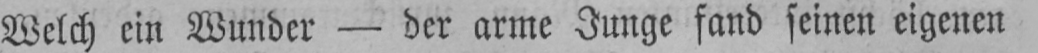
Welch ein Wunder - der arme Junge fand seinen eigenen